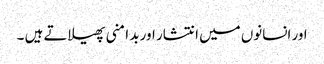
اور انسانوں میں انتشار اور بد امنی پھیلاتے ہیں ۔